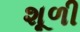
શૂળી